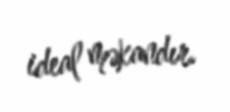
ideal məkandır.